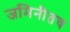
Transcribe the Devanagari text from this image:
जमिनीतच